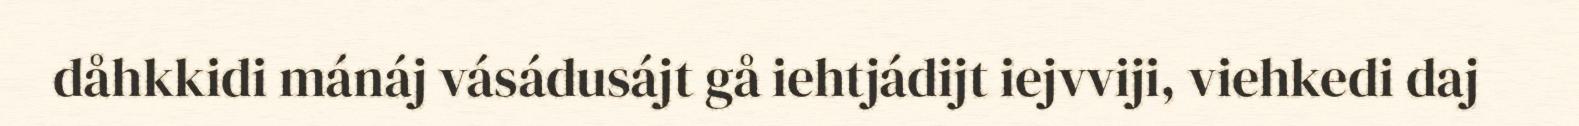
dåhkkidi mánáj vásádusájt gå iehtjádijt iejvviji, viehkedi daj